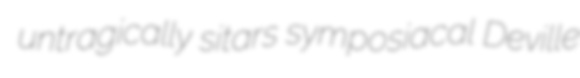
untragically sitars symposiacal Deville